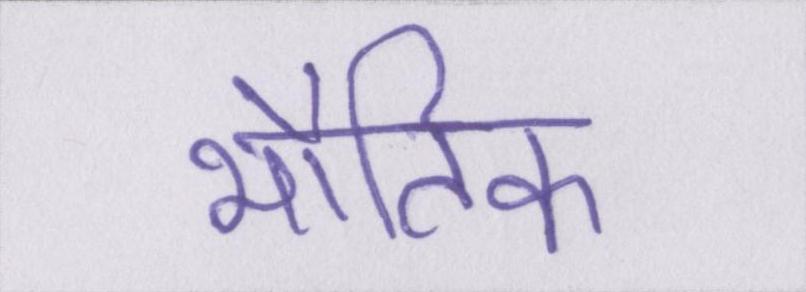
भौतिक